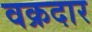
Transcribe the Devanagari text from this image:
वक्रदार